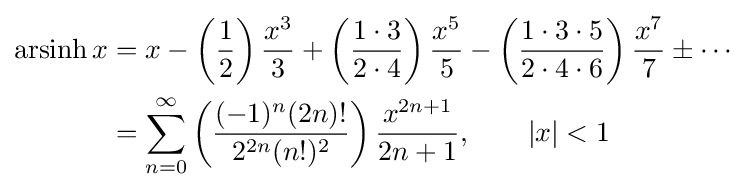
{\begin{aligned}\operatorname {arsinh} x&=x-\left({\frac {1}{2}}\right){\frac {x^{3}}{3}}+\left({\frac {1\cdot 3}{2\cdot 4}}\right){\frac {x^{5}}{5}}-\left({\frac {1\cdot 3\cdot 5}{2\cdot 4\cdot 6}}\right){\frac {x^{7}}{7}}\pm \cdots \\&=\sum _{n=0}^{\infty }\left({\frac {(-1)^{n}(2n)!}{2^{2n}(n!)^{2}}}\right){\frac {x^{2n+1}}{2n+1}},\qquad \left|x\right|<1\end{aligned}}